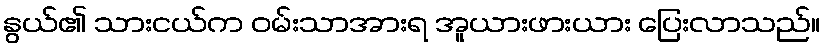
နွယ်၏ သားငယ်က ဝမ်းသာအားရ အူယားဖားယား ပြေးလာသည်။